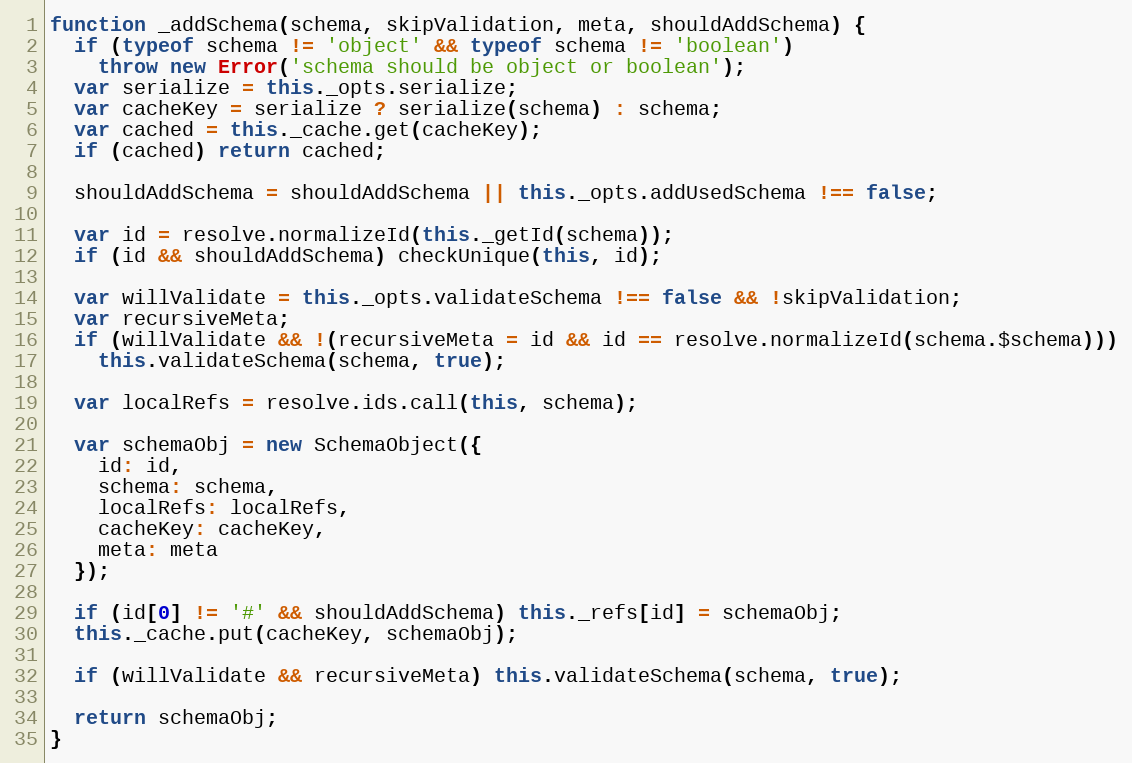
Language: JavaScript
function _addSchema(schema, skipValidation, meta, shouldAddSchema) {
  if (typeof schema != 'object' && typeof schema != 'boolean')
    throw new Error('schema should be object or boolean');
  var serialize = this._opts.serialize;
  var cacheKey = serialize ? serialize(schema) : schema;
  var cached = this._cache.get(cacheKey);
  if (cached) return cached;

  shouldAddSchema = shouldAddSchema || this._opts.addUsedSchema !== false;

  var id = resolve.normalizeId(this._getId(schema));
  if (id && shouldAddSchema) checkUnique(this, id);

  var willValidate = this._opts.validateSchema !== false && !skipValidation;
  var recursiveMeta;
  if (willValidate && !(recursiveMeta = id && id == resolve.normalizeId(schema.$schema)))
    this.validateSchema(schema, true);

  var localRefs = resolve.ids.call(this, schema);

  var schemaObj = new SchemaObject({
    id: id,
    schema: schema,
    localRefs: localRefs,
    cacheKey: cacheKey,
    meta: meta
  });

  if (id[0] != '#' && shouldAddSchema) this._refs[id] = schemaObj;
  this._cache.put(cacheKey, schemaObj);

  if (willValidate && recursiveMeta) this.validateSchema(schema, true);

  return schemaObj;
}